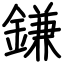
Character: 鎌